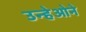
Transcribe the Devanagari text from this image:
उन्हेओने